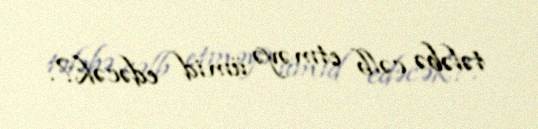
tələbə cəlb etməyə ümid edəcək?.